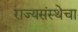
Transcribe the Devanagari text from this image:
राज्यसंस्थेचा